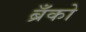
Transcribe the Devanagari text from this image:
ब्रँको